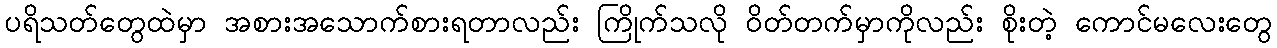
ပရိသတ်တွေထဲမှာ အစားအသောက်စားရတာလည်း ကြိုက်သလို ဝိတ်တက်မှာကိုလည်း စိုးတဲ့ ကောင်မလေးတွေ